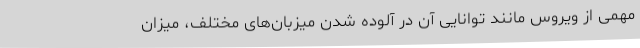
مهمی از ویروس مانند توانایی آن در آلوده شدن میزبان‌های مختلف، میزان